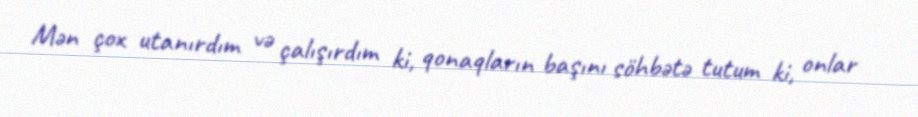
Mən çox utanırdım və çalışırdım ki, qonaqların başını söhbətə tutum ki, onlar